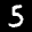
Label: 5